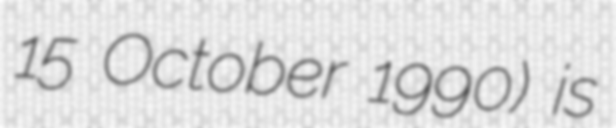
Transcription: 15 October 1990) is